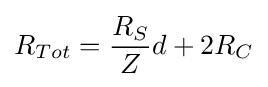
R_{Tot}={\frac {R_{S}}{Z}}d+2R_{C}